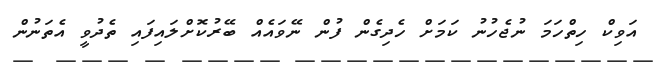
އަވިކް ހިތްހަމަ ނުޖެހުނު ކަމަށް ހެދިގެން ފުން ނޭވައެއް ބޭރުކޮށްލައިފައި ތެދުވީ އެތަނުން